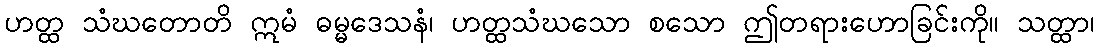
ဟတ္ထ သံဃတောတိ ဣမံ ဓမ္မဒေသနံ၊ ဟတ္ထသံဃသော စသော ဤတရားဟောခြင်းကို။ သတ္ထာ၊